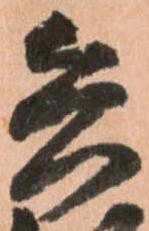
兵